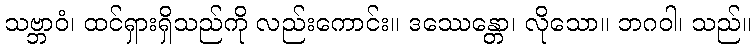
သဗ္ဘာဝံ၊ ထင်ရှားရှိသည်ကို လည်းကောင်း။ ဒဿေန္တော၊ လိုသော။ ဘဂဝါ၊ သည်။